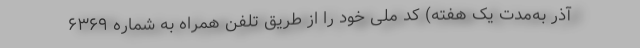
آذر به‌مدت یک هفته) کد ملی خود را از طریق تلفن همراه به شماره ۶۳۶۹